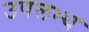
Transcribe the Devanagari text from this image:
उपलभ्ध